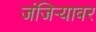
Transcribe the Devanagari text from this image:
जंजिऱ्यावर